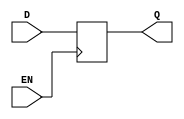
module data_enable_latch (
    input wire D,
    input wire EN,
    output reg Q
);

always @(posedge EN) begin
    if (EN == 1'b1) begin
        Q <= D;
    end
end

endmodule